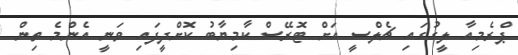
ޕްރެމިއާ ލީގުގައި ޗެލްސީ އަށް ޓޮރޭސް ކާމިޔާބު ކޮށްދީފައި ވަނީ އެންމެ ތިން